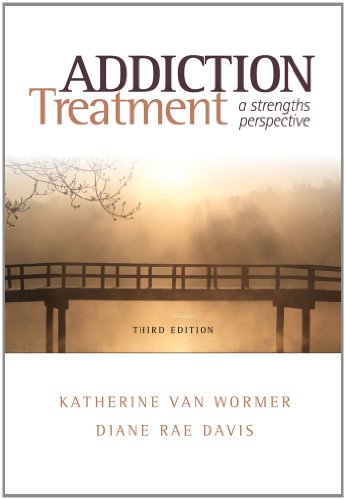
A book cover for Addiction Treatment: A Strengths Perspective (SW 393R 23-Treatment of Chemical Dependency); Katherine van Wormer; Medical Books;